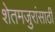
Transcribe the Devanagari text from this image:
शेतमजुरांसाठी